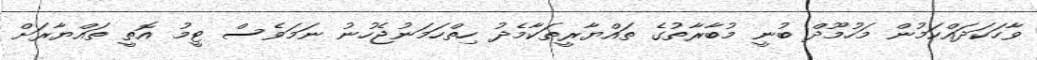
ވާހަކަދައްކަމުން މަހުމޫދް ބުނީ މުބާރާތުގެ ތައްޔާރީތަކާމެދު ހިތްހަމަނުޖެހުނު ނަމަވެސް ޓީމު އޮތީ ތައްޔާރަށް